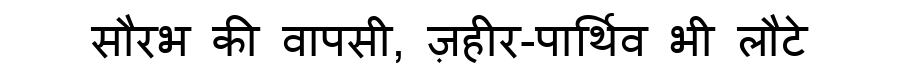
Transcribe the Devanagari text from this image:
सौरभ की वापसी, ज़हीर-पार्थिव भी लौटे